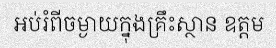
អប់រំពីចម្ងាយក្នុងគ្រឹះស្ថាន ឧត្តម